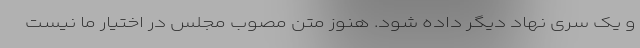
و یک سری نهاد دیگر داده شود. هنوز متن مصوب مجلس در اختیار ما نیست